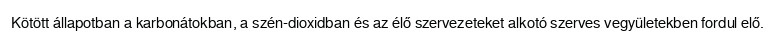
Kötött állapotban a karbonátokban, a szén-dioxidban és az élő szervezeteket alkotó szerves vegyületekben fordul elő.